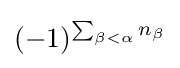
(-1)^{\sum _{\beta <\alpha }n_{\beta }}